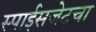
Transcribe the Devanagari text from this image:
स्पाईसजेटचा